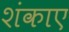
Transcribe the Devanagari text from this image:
शंकाए